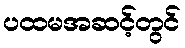
ပထမအဆင့်တွင်